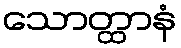
သောတ္ထာနံ